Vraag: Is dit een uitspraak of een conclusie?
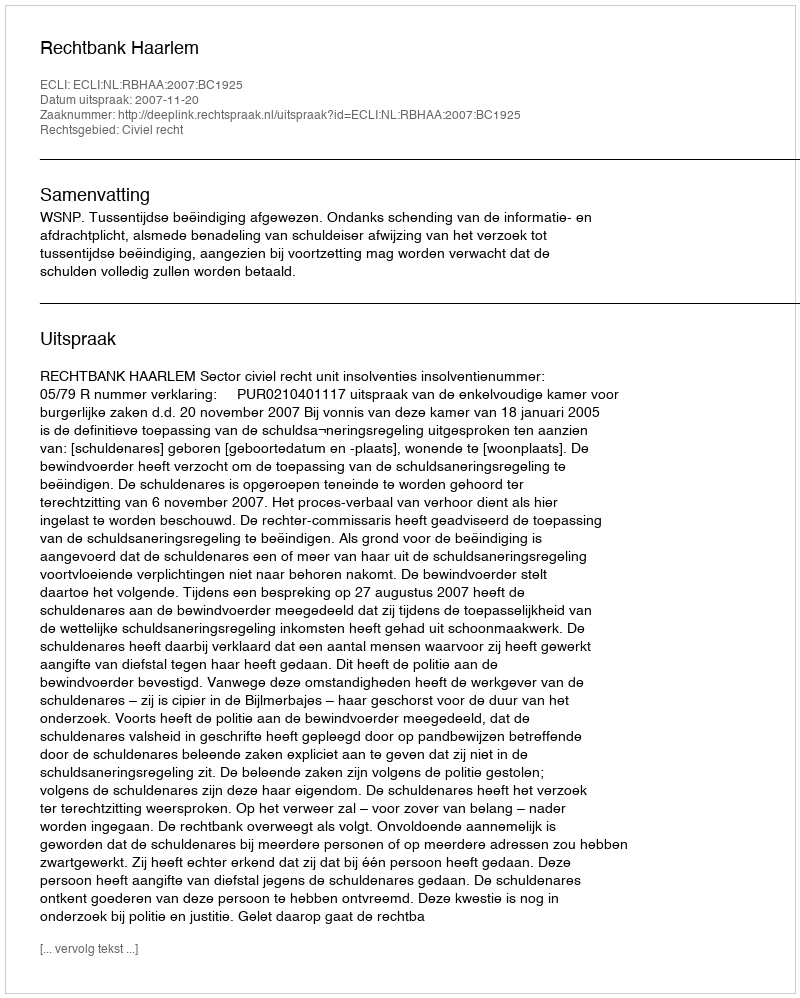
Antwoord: Uitspraak